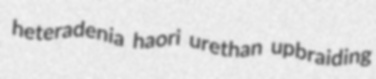
heteradenia haori urethan upbraiding